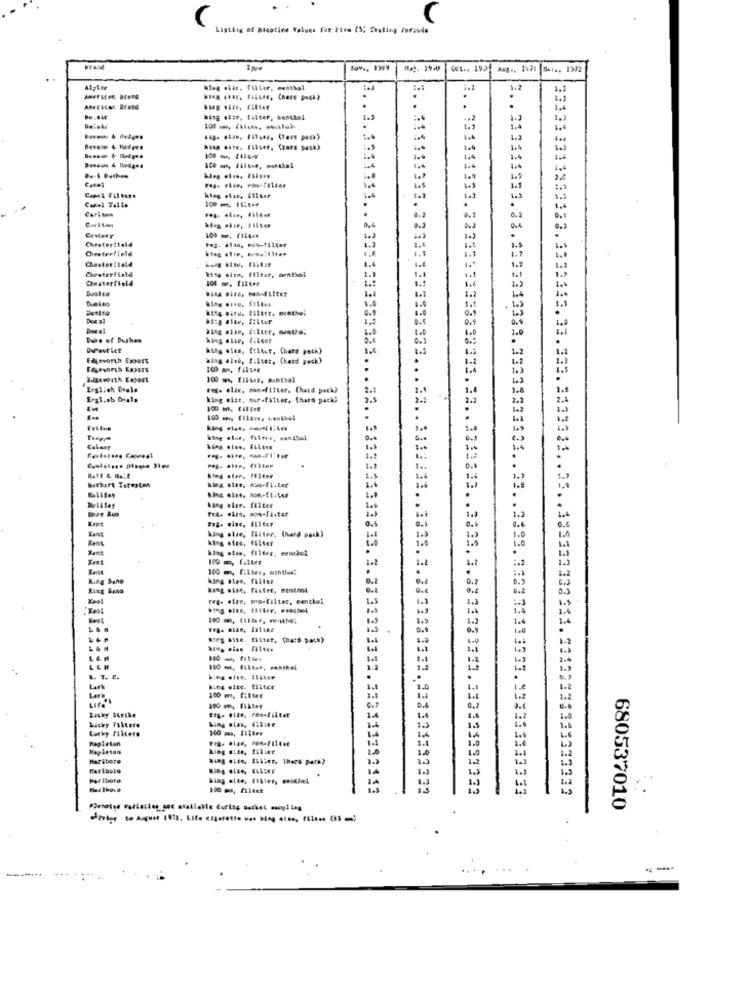
Ligtbig of Nicotine Values for Five (5; Seating Forsuda
Mag. 1944
Qc1 .. 19.2 Aug ., 192: SAr ., 1992
hing star, Filter, menthol
1.2
1.2
1.2
1.2
Americar. Brand
king size, filter
.
.
1.9
++2
1.4
1.4
Risa dife. Elfser, Chard pesa)
1.4
1.4
1.4
1.4
1.4
1.5
1.9
Cami Filters
.
Carisen
Carlton
hiog økte, filter
Cestaty
Chesterfield
Fez. also, mch-filter
Chesterfield
Chesterfield
Chesterfield
1.1
Theiso
1.0
...
Dos al
Doral
1.0
hing else, fikcer
hity ofte, filter, Chard path)
2 .. 3.3311311 .. 13333333333382
Edgeworth Expost
Wing alce, filter, Chead peck)
1.1
Edgevorch Eapart
100 . filse
Willeverth Export
100 m, Elise, Bunthel
Erglich Ovalo
Fox. elac, monefilter. (had petk)
2.
E-gl.ch Orale
king else, sur-fitter, [hard pack)
2.5
Calowy
1 ..
Nothurt Tartyton
king stre, filter
1.2
Eent
king stae, fliter, (hard pack)
0.5
1.0
1.1
1.5
1.0
king siam, filtre, menbol
1.2
1.2
100 m, filter, mintha:
.
King Sene
king sine, filter
Ring Send
Tege stre, ma-filter, menthei
0.9
1.0
Birg aste. filter, (nacs path)
1.2
150 -, filter, Fasthel
1.2
L. T. C.
.
Lark
king size. Eliter
1.0
Lark
100 m, filter
Latky Strike
110 m, filter
Sing elas, (laser
1.
Lathy Filters
1.
Kapielan
14
1.1
King otse, filie
10
Haribore
Faritore
680537010